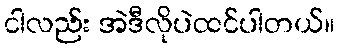
ငါလည်း အဲဒီလိုပဲထင်ပါတယ်။